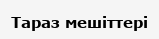
Тараз мешіттері